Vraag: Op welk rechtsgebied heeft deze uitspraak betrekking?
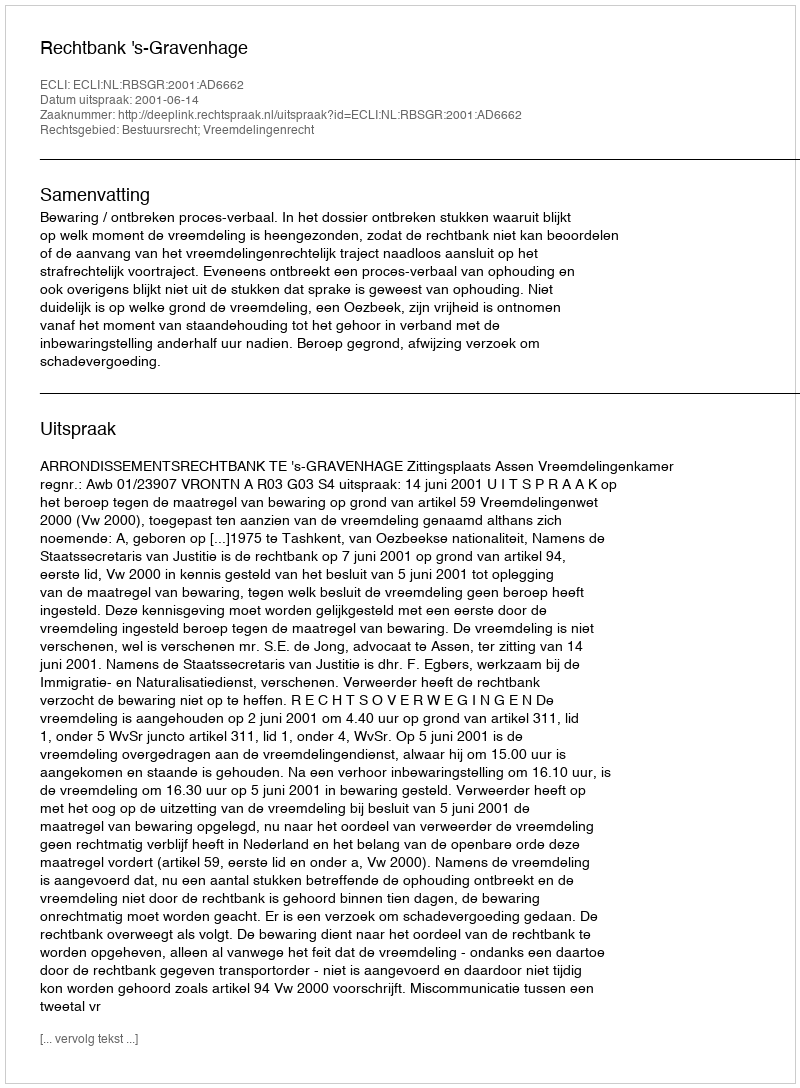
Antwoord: Bestuursrecht; Vreemdelingenrecht